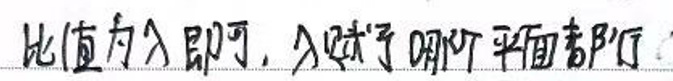
比值为\(\lambda\)即可，\(\lambda\)小于\(0\)的平面都行